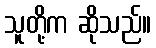
သူတို့က ဆိုသည်။